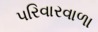
પરિવારવાળા